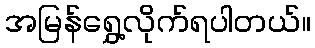
အမြန်ရွှေ့လိုက်ရပါတယ်။